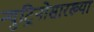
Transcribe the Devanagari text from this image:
न्युट्रिनोसारख्या